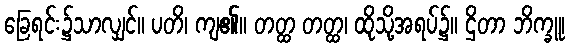
ခြေရင်း၌သာလျှင်။ ပတိ၊ ကျ၏။ တတ္ထ တတ္ထ၊ ထိုသို့အရပ်၌။ ဌိတာ ဘိက္ခူ၊